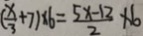
( \frac { x } { 3 } + 7 ) \times 6 = \frac { 5 x - 1 2 } { 2 } \times 6